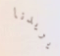
يريدنا